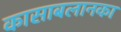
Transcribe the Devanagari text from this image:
कासाबलानका